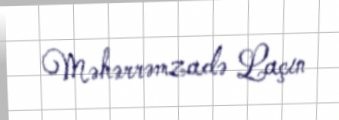
Məhərrəmzadə Laçın